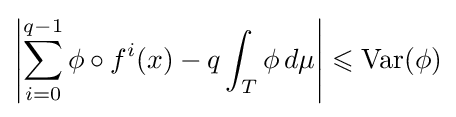
\left|\sum _{i=0}^{q-1}\phi \circ f^{i}(x)-q\int _{T}\phi \,d\mu \right|\leqslant \operatorname {Var} (\phi )